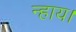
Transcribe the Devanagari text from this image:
न्हाय।